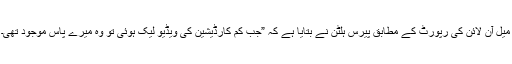
میل آن لائن کی رپورٹ کے مطابق پیرس ہلٹن نے بتایا ہے کہ ”جب کم کارڈیشین کی ویڈیو لیک ہوئی تو وہ میرے پاس موجود تھی۔